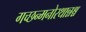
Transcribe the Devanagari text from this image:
गच्छन्मनोरथान्नश्च